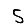
Digit: 5